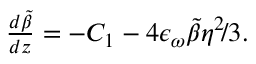
\begin{array} { r l r } { \frac { d \tilde { \beta } } { d z } = - C _ { 1 } - 4 \epsilon _ { \omega } \tilde { \beta } \eta ^ { 2 } \! / 3 . } \end{array}